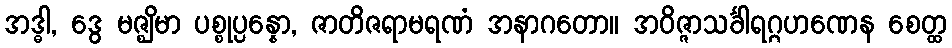
အဒ္ဓါ, ဒွေ မဇ္ဈိမာ ပစ္စုပ္ပန္နော, ဇာတိဇရာမရဏံ အနာဂတော။ အဝိဇ္ဇာသင်္ခါရဂ္ဂဟဏေန စေတ္ထ